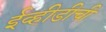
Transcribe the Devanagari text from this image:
ईव्हीडीची